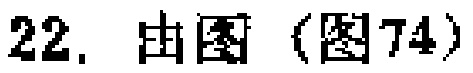
22. 由图（图74）